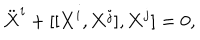
\ddot { \bf X } ^ { i } + [ [ { \bf X } ^ { i } , { \bf X } ^ { j } ] , { \bf X } ^ { j } ] = 0 ,